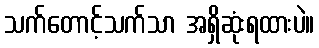
သက်တောင့်သက်သာ အရှိဆုံးရထားပဲ။